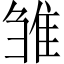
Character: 雏